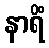
နာရိံ